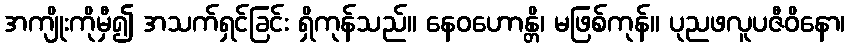
အကျိုးကိုမှီ၍ အသက်ရှင်ခြင်း ရှိကုန်သည်။ နေဝဟောန္တိ၊ မဖြစ်ကုန်။ ပုညဖလူပဇီဝိနော၊